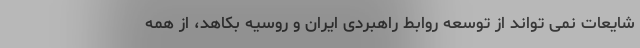
شایعات نمی تواند از توسعه روابط راهبردی ایران و روسیه بکاهد، از همه